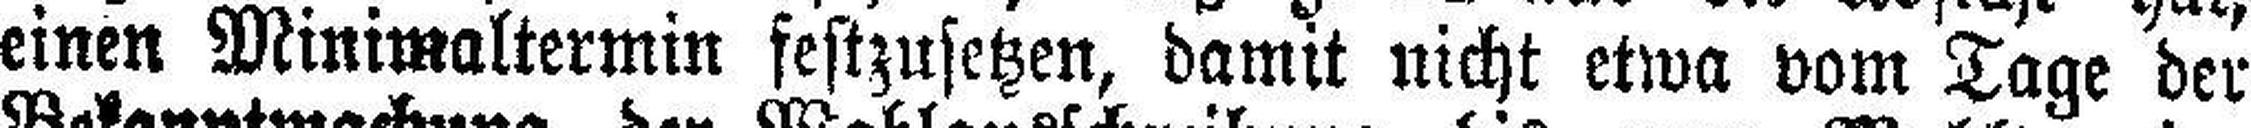
einen Minimaltermin festzusetzen, damit nicht etwa vom Tage der